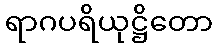
ရာဂပရိယုဋ္ဌိတော